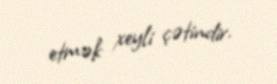
etmək xeyli çətindir.